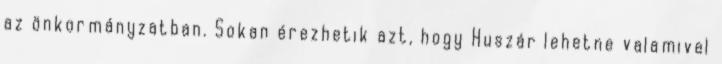
az önkormányzatban. Sokan érezhetik azt, hogy Huszár lehetne valamivel